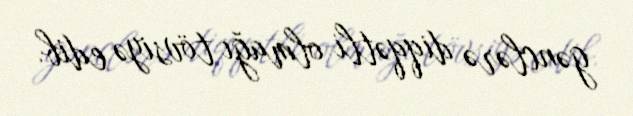
gənclərə diqqətli olmağı tövsiyə edib.